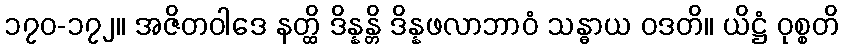
၁၇၀-၁၇၂။ အဇိတဝါဒေ နတ္ထိ ဒိန္နန္တိ ဒိန္နဖလာဘာဝံ သန္ဓာယ ဝဒတိ။ ယိဋ္ဌံ ဝုစ္စတိ